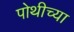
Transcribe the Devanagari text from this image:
पोथीच्या